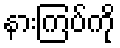
နားကြပ်ကို